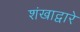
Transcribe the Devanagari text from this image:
शंखाद्वारे